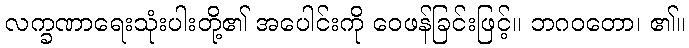
လက္ခဏာရေးသုံးပါးတို့၏ အပေါင်းကို ဝေဖန်ခြင်းဖြင့်။ ဘဂဝတော၊ ၏။